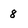
Character: 8